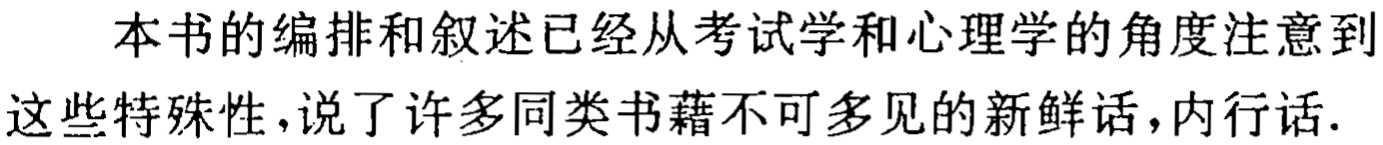
本书的编排和叙述已经从考试学和心理学的角度注意到这些特殊性,说了许多同类书藉不可多见的新鲜话,内行话.